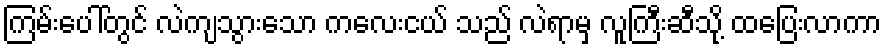
ကြမ်းပေါ်တွင် လဲကျသွားသော ကလေးငယ် သည် လဲရာမှ လူကြီးဆီသို့ ထပြေးလာကာ